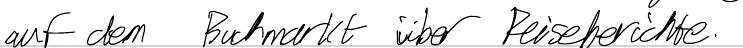
auf dem Buchmarkt über Reiseberichte.